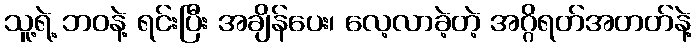
သူ့ရဲ့ ဘဝနဲ့ ရင်းပြီး အချိန်ပေး၊ လေ့လာခဲ့တဲ့ အဂ္ဂိရတ်အတတ်နဲ့